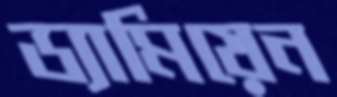
ড্যামিয়েন